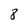
Character: 8